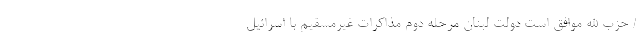
/ حزب الله موافق است دولت لبنان مرحله دوم مذاکرات غیرمسقیم با اسرائیل